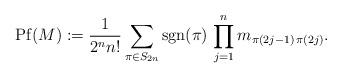
LaTeX: \begin{align*}\mathrm{Pf}(M):=\frac{1}{2^n n!} \sum_{\pi\in S_{2n}} \mathrm{sgn}(\pi)\, \prod_{j=1}^n m_{\pi(2j-1)\, \pi(2j)}.\end{align*}